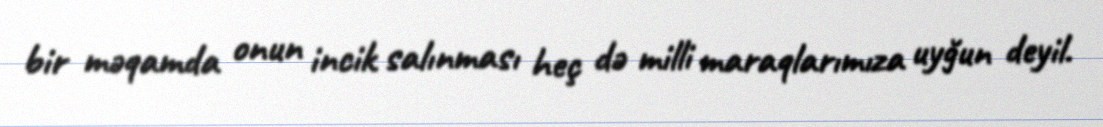
bir məqamda onun incik salınması heç də milli maraqlarımıza uyğun deyil.